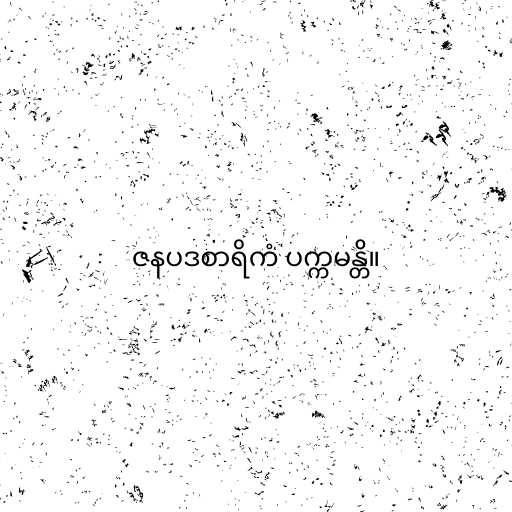
ဇနပဒစာရိကံ ပက္ကမန္တိ။